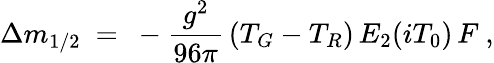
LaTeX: \Delta m_{1/2}\ =\ -{\frac{g^{2}}{96\pi}}\, (T_{G}-T_{R})\, E_{2}(iT_{0})\, F\ ,